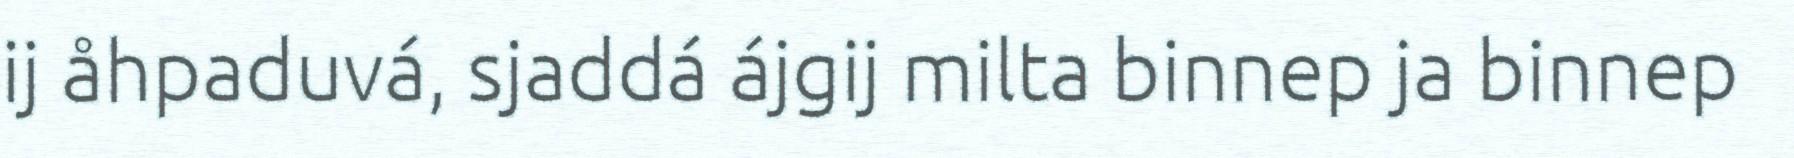
ij åhpaduvá, sjaddá ájgij milta binnep ja binnep